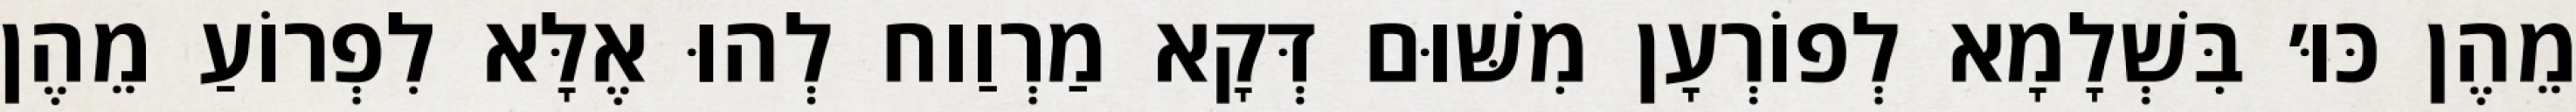
מֵהֶן כּוּ׳ בִּשְׁלָמָא לְפוֹרְעָן מִשּׁוּם דְּקָא מַרְוַוח לְהוּ אֶלָּא לִפְרוֹעַ מֵהֶן